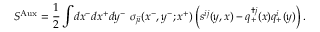
S ^ { \mathrm { A u x } } = \frac { 1 } { 2 } \int \! d x ^ { - } d x ^ { + } d y ^ { - } ~ \sigma _ { j i } ( x ^ { - } , y ^ { - } ; x ^ { + } ) \left( s ^ { i j } ( y , x ) - q _ { + } ^ { \dag j } ( x ) q _ { + } ^ { i } ( y ) \right) .